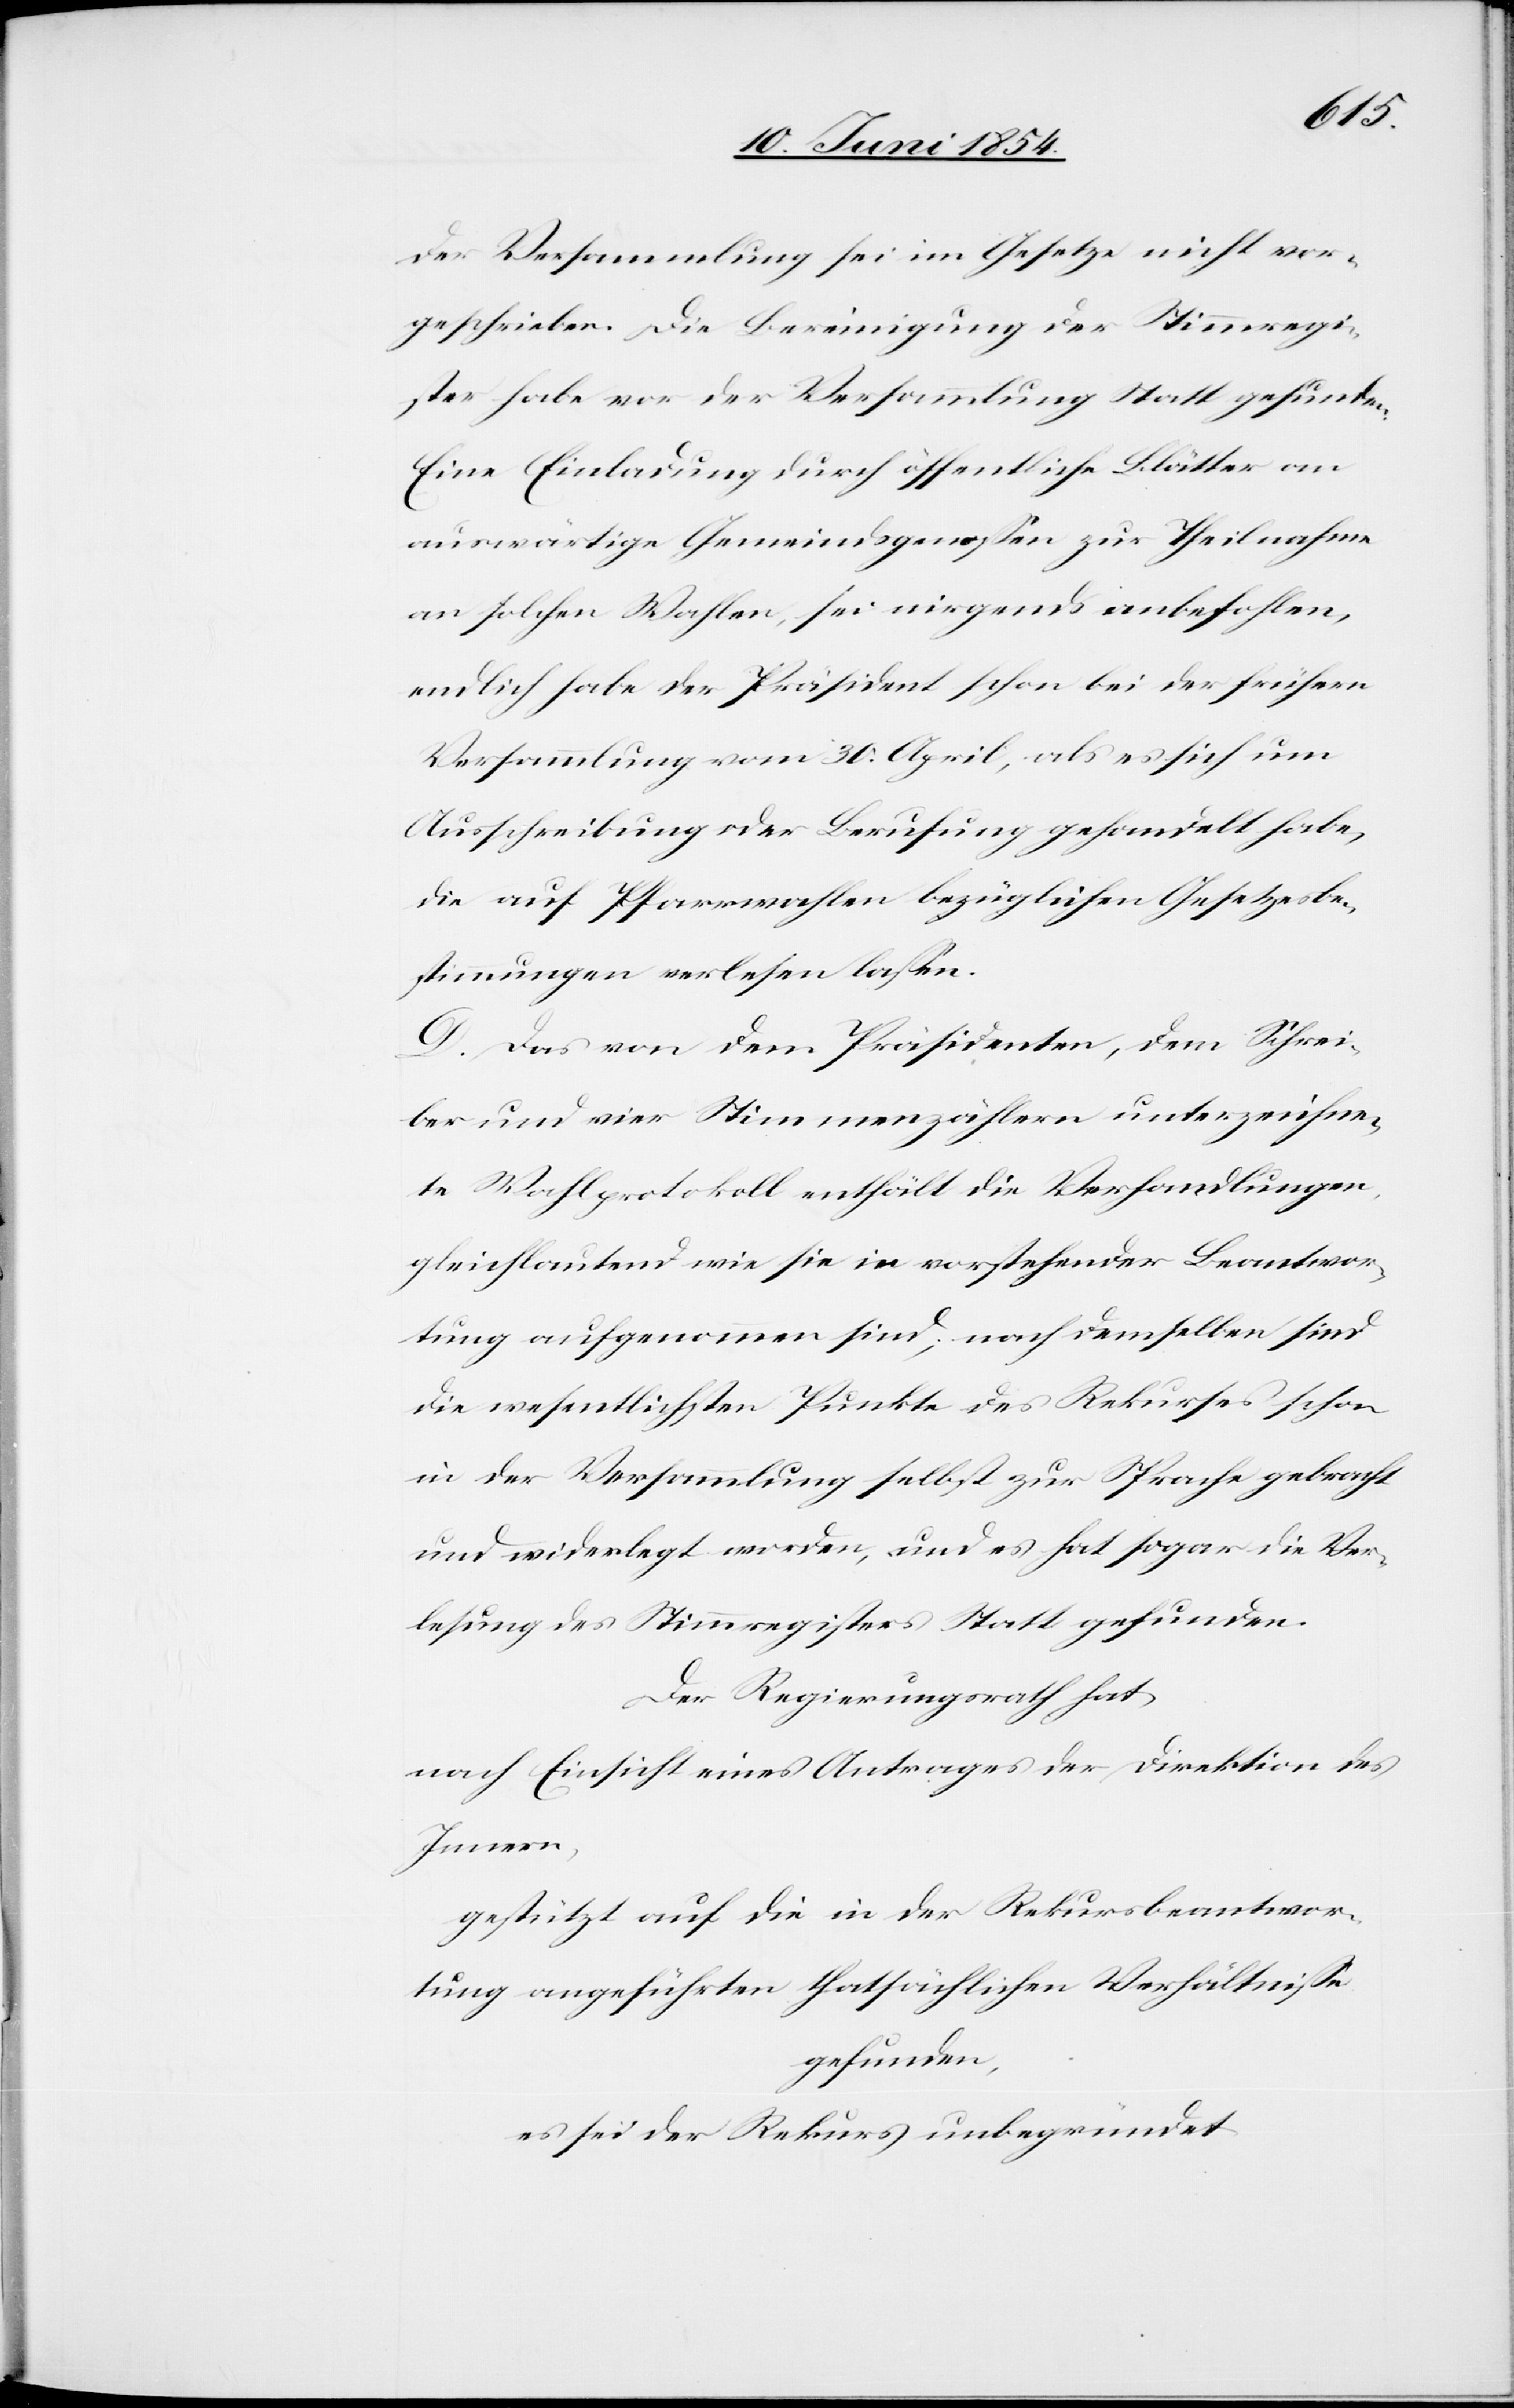
der Versammlung sei im Gesetze nicht vor¬
geschrieben. Die Bereinigung der Stimmregi¬
ster habe vor der Versammlung Statt gefunden.
Eine Einladung durch öffentliche Blätter an
auswärtige Gemeindsgenoßen zur Theilnahme
an solchen Wahlen, sei nirgends anbefohlen,
endlich habe der Präsident schon bei der frühern
Versammlung vom 30. April, als es sich um
Ausschreibung oder Berufung gehandelt habe,
die auf Pfarrwahlen bezüglichen Gesetzesbe¬
stimmungen verlesen laßen.
D. Das von dem Präsidenten, dem Schrei¬
ber und vier Stimmenzählern unterzeichne¬
te Wahlprotokoll enthält die Verhandlungen,
gleichlautend wie sie in vorstehender Beantwor¬
tung aufgenommen sind; nach demselben sind
die wesentlichsten Punkte des Rekurses schon
in der Versammlung selbst zur Sprache gebracht
und widerlegt worden, und es hat sogar die Vor¬
lesung des Stimmregisters Statt gefunden.
Der Regierungsrath hat,
nach Einsicht eines Antrages der Direktion des
Innern,
gestützt auf die in der Rekursbeantwor¬
tung angeführten thatsächlichen Verhältniße
gefunden,
es sei der Rekurs unbegründet